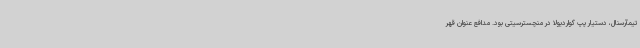
تیمآرسنال، دستیار پپ گواردیولا در منچسترسیتی بود. مدافع عنوان قهر